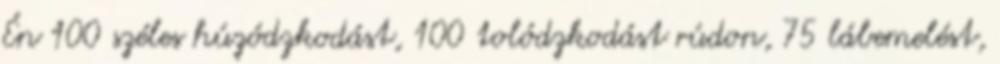
Én 100 széles húzódzkodást, 100 tolódzkodást rúdon, 75 lábemelést,